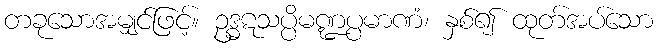
တခုသောအမျှင်ဖြင့်။ ဥဒ္ဓဋသပ္ပိမဏ္ဍပ္ပမာဏံ၊ နှစ်၍ ထုတ်အပ်သော